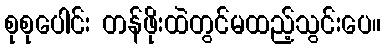
စုစုပေါင်း တန်ဖိုးထဲတွင်မထည့်သွင်းပေ။